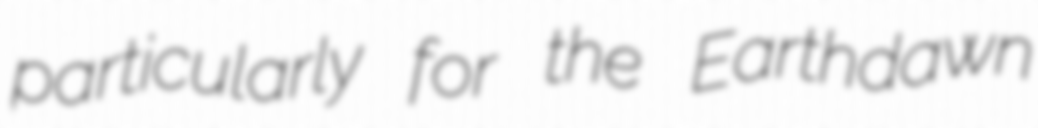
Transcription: particularly for the Earthdawn